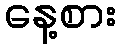
နေ့စား